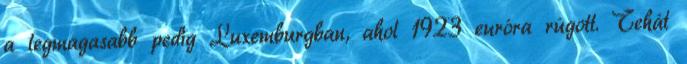
a legmagasabb pedig Luxemburgban, ahol 1923 euróra rúgott. Tehát